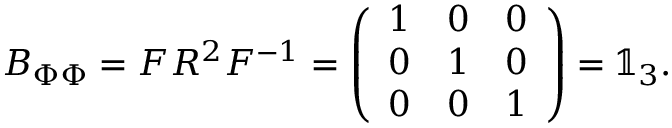
B _ { \Phi \Phi } = F R ^ { 2 } F ^ { - 1 } = \left( \begin{array} { l l l } { 1 } & { 0 } & { 0 } \\ { 0 } & { 1 } & { 0 } \\ { 0 } & { 0 } & { 1 } \end{array} \right) = \mathbb { 1 } _ { 3 } .